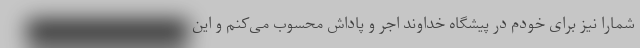
شمارا نیز برای خودم در پیشگاه خداوند اجر و پاداش محسوب می‌کنم و این